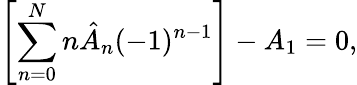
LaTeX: \left[\sum_{n=0}^{N}n\hat{A}_{n}(-1)^{n-1}\right]-A_{1}=0,